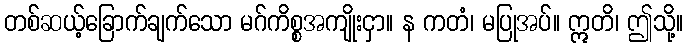
တစ်ဆယ့်ခြောက်ချက်သော မဂ်ကိစ္စအကျိုးငှာ။ န ကတံ၊ မပြုအပ်။ ဣတိ၊ ဤသို့။